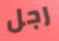
رجل